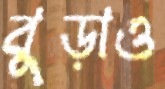
বুড়াও